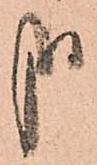
哉